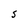
Character: S